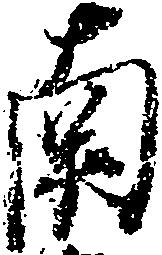
南